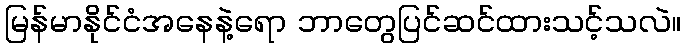
မြန်မာနိုင်ငံအနေနဲ့ရော ဘာတွေပြင်ဆင်ထားသင့်သလဲ။